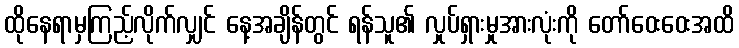
ထိုနေရာမှကြည့်လိုက်လျှင် နေ့အချိန်တွင် ရန်သူ၏ လှုပ်ရှားမှုအားလုံးကို တော်ဝေးဝေးအထိ